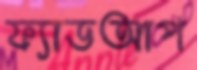
ফ্যাডআপ